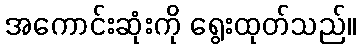
အကောင်းဆုံးကို ရွေးထုတ်သည်။